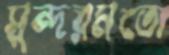
সুন্দরমতো